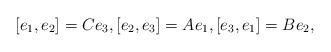
\begin{align*} [e_1, e_2]=C e_3, [e_2,e_3]=A e_1, [e_3,e_1]= B e_2,\end{align*}